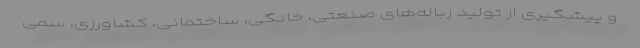
و پیشگیری از تولید زباله‌های صنعتی، خانگی، ساختمانی، کشاورزی، سمی